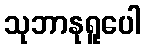
သုဘာနုရူပေါ